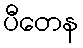
ပီတေန